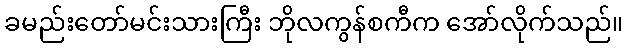
ခမည်းတော်မင်းသားကြီး ဘိုလကွန်စကီက အော်လိုက်သည်။